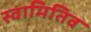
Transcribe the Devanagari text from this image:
स्वामितिव